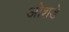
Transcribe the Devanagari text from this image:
ओशडे